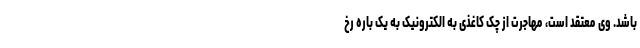
باشد. وی معتقد است، مهاجرت از چک کاغذی به الکترونیک به یک باره رخ